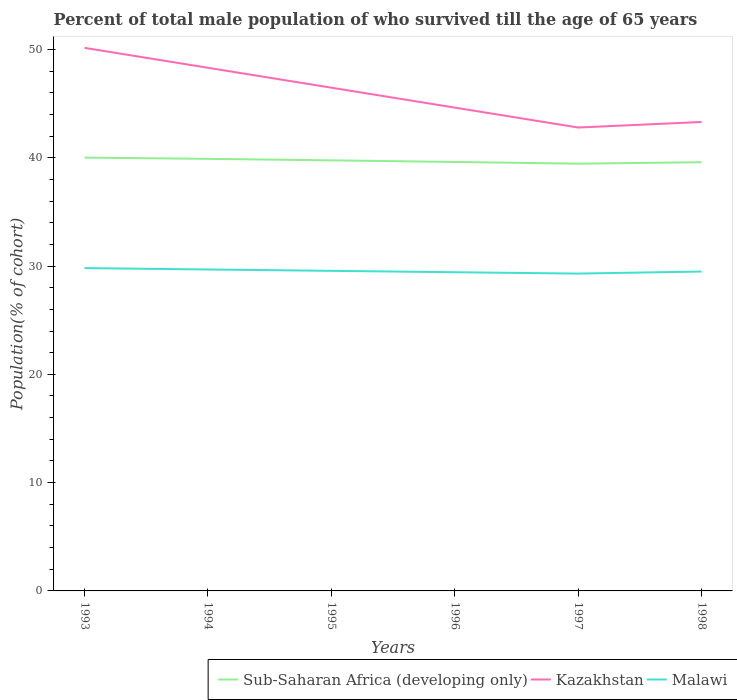
| Years | Sub-Saharan Africa (developing only) | Kazakhstan | Malawi |
 | --- | --- | --- | --- |
 | 1993 | 40 | 50.1 | 29.8 |
 | 1994 | 39.9 | 48.3 | 29.7 |
 | 1995 | 39.8 | 46.5 | 29.6 |
 | 1996 | 39.6 | 44.6 | 29.4 |
 | 1997 | 39.5 | 42.8 | 29.3 |
 | 1998 | 39.6 | 43.3 | 29.5 |